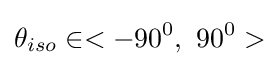
{{\theta }_{iso}}\in <-{{90}^{0}},\ {{90}^{0}}>